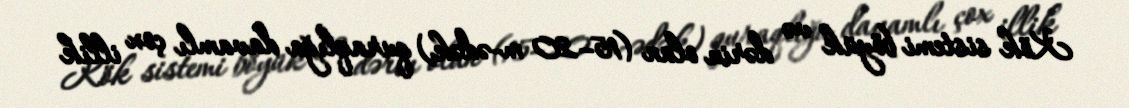
Kök sistemi böyük və dərin olan (15–20 m-ədək) quraqlığa davamlı çox illik